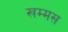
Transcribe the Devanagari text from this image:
खम्मस